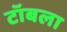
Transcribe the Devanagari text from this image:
टॉबला